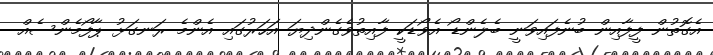
އެގޮތުން ފީފާއިން ބުނެފައިވަނީ ބެލެންޑޯ އެވޯޑަކީ ފާއިތުވެގެންދިޔަ އަހަރުގައި އެންމެ ރަނގަޅު ޕާފޯމެންސެއް